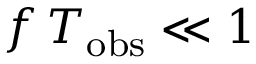
f \, T _ { \mathrm { o b s } } \ll 1